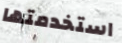
استخدمتها